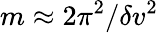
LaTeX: m\approx 2\pi^{2}/\delta v^{2}